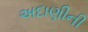
અદાણીની